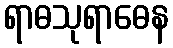
ရာဓသုရာဓေန